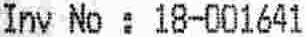
INV NO : 18-001641